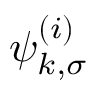
\psi _ { k , \sigma } ^ { ( i ) }